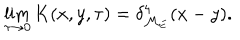
LaTeX: \lim _ { \tau \to 0 } K ( x , y , \tau ) = \delta _ { { \cal M } _ { \mathrm { E } } } ^ { 4 } ( x - y ) .